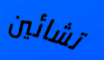
تشائين